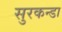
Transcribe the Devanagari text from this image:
सुरकन्डा